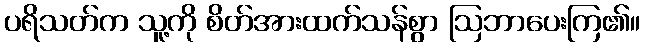
ပရိသတ်က သူ့ကို စိတ်အားထက်သန်စွာ ဩဘာပေးကြ၏။